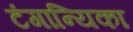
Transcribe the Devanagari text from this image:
टंगान्यिका